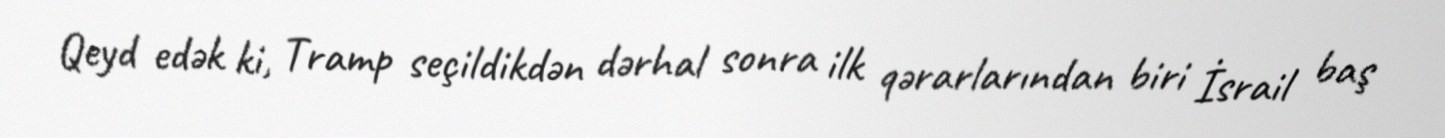
Qeyd edək ki, Tramp seçildikdən dərhal sonra ilk qərarlarından biri İsrail baş